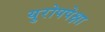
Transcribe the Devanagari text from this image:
युरोपपेक्षा